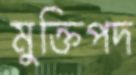
মুক্তিপদ